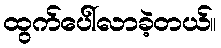
ထွက်ပေါ်လာခဲ့တယ်။